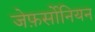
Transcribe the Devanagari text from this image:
जेफ़र्सोनियन